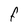
Character: F